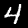
Label: 4